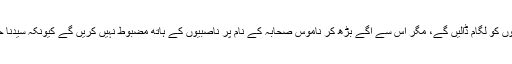
جہاں بات ناموس صحابہؓ کی آئے گی تو ہاں ہم آگے بڑھ کر روافض کی دراز زبانوں کو لگام ڈالیں گے، مگر اس سے آگے بڑھ کر ناموس صحابہؓ کے نام پر ناصبیوں کے ہاتھ مضبوط نہیں کریں گے کیونکہ سیدنا حیدار کرار علی المرتضیٰ ؓ او ر ان کا خانوادہ بھی جماعت صحابہؓ میں ہی شامل ہیں۔